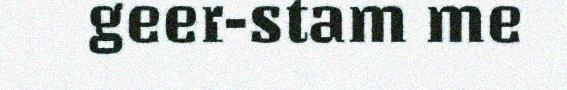
geer-stam me